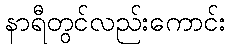
နာရီတွင်လည်းကောင်း